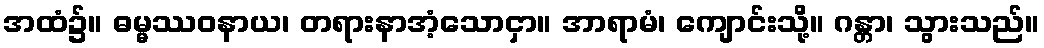
အထံ၌။ ဓမ္မဿဝနာယ၊ တရားနာအံ့သောငှာ။ အာရာမံ၊ ကျောင်းသို့။ ဂန္တာ၊ သွားသည်။